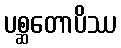
ပစ္ဆတောပိဿ